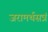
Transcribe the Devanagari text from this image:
जरामर्थसत्रं